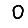
Digit: 0